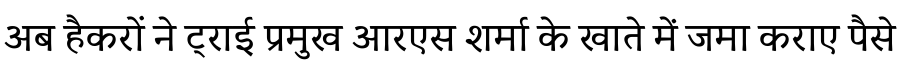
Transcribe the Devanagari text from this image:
अब हैकरों ने ट्राई प्रमुख आरएस शर्मा के खाते में जमा कराए पैसे